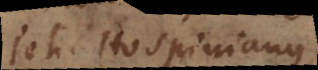
h. Hospinianus.